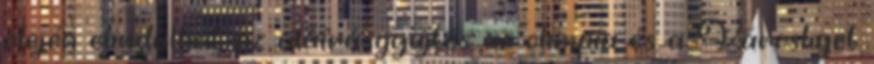
elején elindulhat az aláírásgyűjtés az olimpia és a Városliget